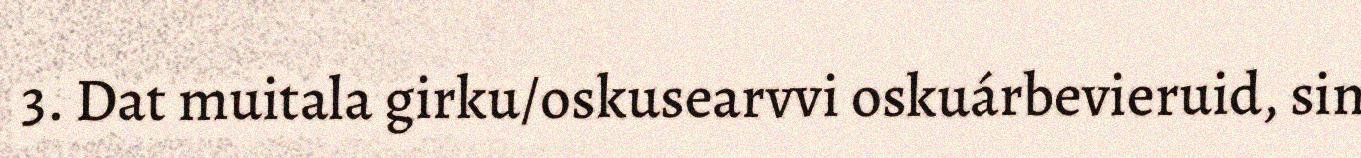
3. Dat muitala girku/oskusearvvi oskuárbevieruid, sin